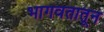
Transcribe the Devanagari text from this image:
भागवतातून